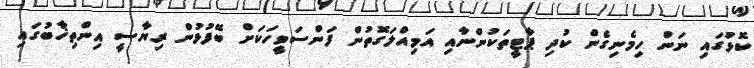
ކޮޅުގައި ނަން ހިމެނިގެން ކުދި ޕާޓީތަކުންނާއި އަމިއްލަގޮތުން ފަންސަވީހަކަށް ބޭފުޅުން ރިޔާސީ އިންތިޚާބުގައި